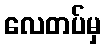
လေတပ်မှ